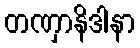
တဏှာနိဒါနာ